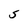
Character: S